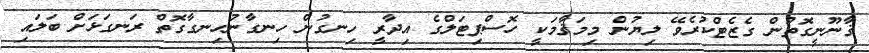
ޤާނޫނީގޮތުން ގެޒެޓްކުރެވޭ ލިޔުން މިމަޤާމަކީ ހޮސްޕިޓަލްގެ އިދާރީ ހިނގުން ހިނގާނުހިނގާގޮތް ރަނގަޅަށް ބަލައި